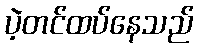
ပဲ့တင်ထပ်နေသည်